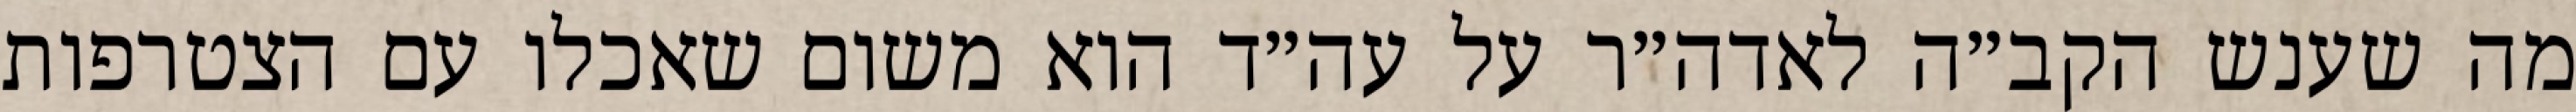
מה שענש הקב״ה לאדה״ר על עה״ד הוא משום שאכלו עם הצטרפות